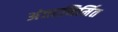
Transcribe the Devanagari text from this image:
अंतरनिर्मित